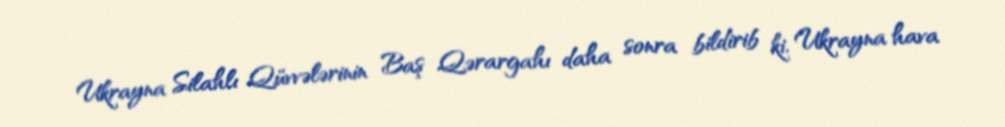
Ukrayna Silahlı Qüvvələrinin Baş Qərargahı daha sonra bildirib ki, Ukrayna hava